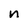
Character: n